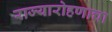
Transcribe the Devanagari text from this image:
राज्यारोहणाचा